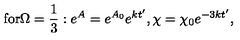
\mathrm { f o r } \Omega = \frac { 1 } { 3 } : e ^ { A } = e ^ { A _ { 0 } } e ^ { k t ^ { \prime } } , \chi = \chi _ { 0 } e ^ { - 3 k t ^ { \prime } } ,